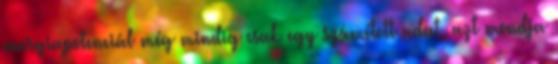
energiapotenciál még mindig csak egy számított adat, azt mondja